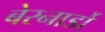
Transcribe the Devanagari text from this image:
बेरनार्डो